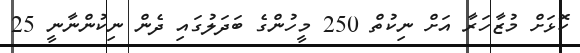
ކޮޅަށް މުޒާހަރާ އަށް ނިކުތް 250 މީހުންގެ ބަދަލުގައި ދެން ނިކުންނާނީ 25